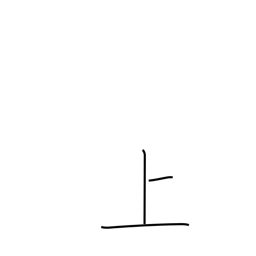
Meaning: up